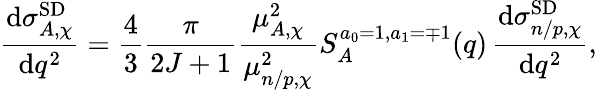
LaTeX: \frac{\mathrm{d}\sigma_{A,\chi}^{\mathrm{SD}}}{\mathrm{d}q^{2}}=\frac{4}{3}\frac{\pi}{2J+1}\frac{\mu_{A,\chi}^{2}}{\mu_{n/p,\chi}^{2}}S_{A}^{a_{0}=1,a_{1}=\mp 1}(q)\, \frac{\mathrm{d}\sigma_{n/p,\chi}^{\mathrm{SD}}}{\mathrm{d}q^{2}},